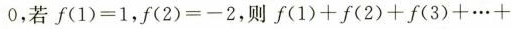
0,若f(1)=1,f(2)=-2,则f(1)+f(2)+f(3)+…+